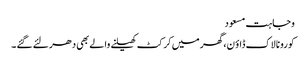
وجاہت مسعود
کورونا لاک ڈاؤ ن،گھر میں کرکٹ کھیلنے والے بھی دھر لئے گئے ۔